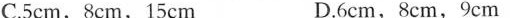
C.5cm,8cm,15 cm D.6cm,8cm,9cm